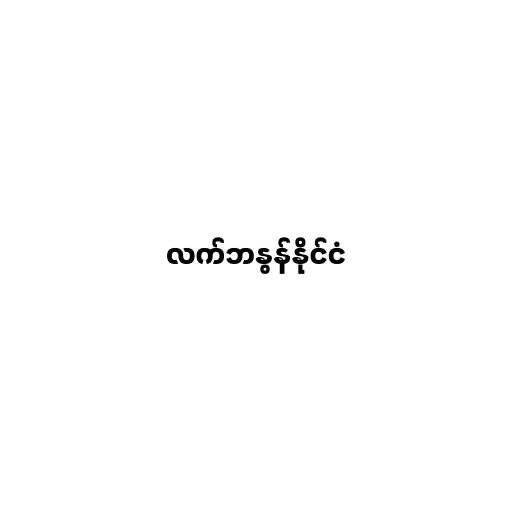
လက်ဘနွန်နိုင်ငံ